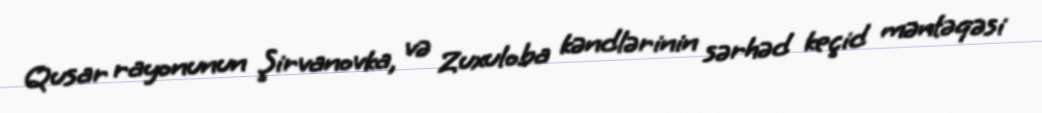
Qusar rayonunun Şirvanovka, və Zuxuloba kəndlərinin sərhəd keçid məntəqəsi